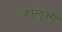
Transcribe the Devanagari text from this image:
कोंग्गुक्सू